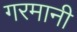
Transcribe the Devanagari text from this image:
गरमानी